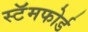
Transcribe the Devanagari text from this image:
स्टॅमफोर्ड